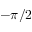
- \pi / 2